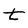
Character: t